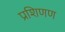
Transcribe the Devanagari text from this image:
प्रशिणण